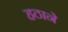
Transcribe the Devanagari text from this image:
हठाने